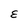
Character: E